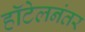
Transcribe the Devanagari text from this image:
हॉटेलनंतर